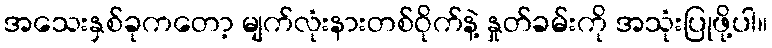
အသေးနှစ်ခုကတော့ မျက်လုံးနားတစ်ဝိုက်နဲ့ နှုတ်ခမ်းကို အသုံးပြုဖို့ပါ။